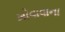
ખોવાવાના